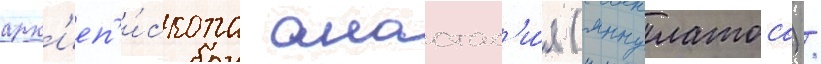
арх'иеп'и́скопа анастас'и́я (яннулатоса) /